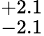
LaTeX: ^{+2.1}_{-2.1}